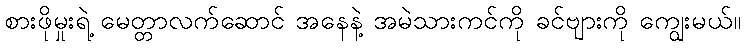
စားဖိုမှုးရဲ့ မေတ္တာလက်ဆောင် အနေနဲ့ အမဲသားကင်ကို ခင်ဗျားကို ကျွေးမယ်။